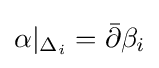
\alpha |_{\Delta _{i}}={\bar {\partial }}\beta _{i}